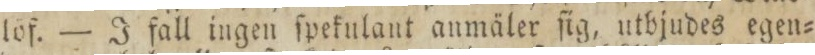
löf. — I fall ingen ſpefulant anmäler ſig, utbjudes egen=